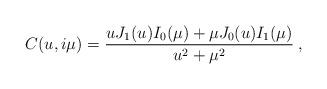
LaTeX: \begin{align*} C(u,i\mu)=\frac{uJ_1(u)I_0(\mu)+\mu J_0(u)I_1(\mu)}{u^2+\mu^2}\:,\end{align*}